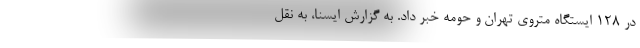
در ۱۲۸ ایستگاه متروی تهران و حومه خبر داد. به گزارش ایسنا، به نقل